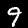
Digit: 9